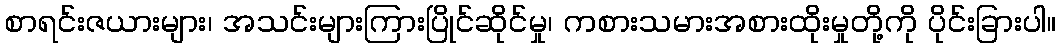
စာရင်းဇယားများ၊ အသင်းများကြားပြိုင်ဆိုင်မှု၊ ကစားသမားအစားထိုးမှုတို့ကို ပိုင်းခြားပါ။